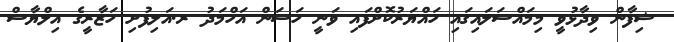
ޝިފާން ވިދާޅުވީ މިމައްސަލައިގައި ހައްޔަރުކޮށްފައި ވަނީ ހަސަން އަހްމަދު ރ.އަލިފުށި ހަޒާރީގެ އިލްޔާސް